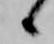
候